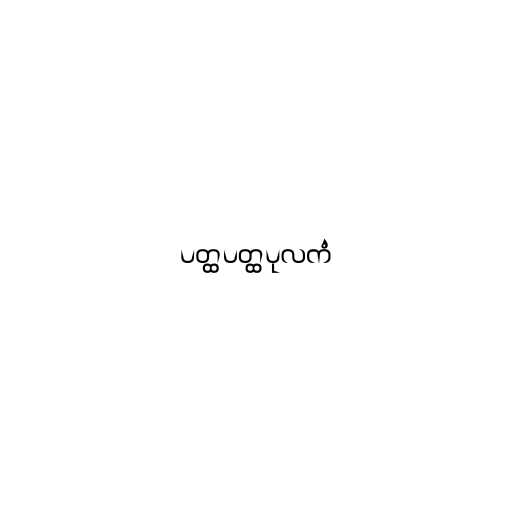
ပတ္ထပတ္ထပုလကံ